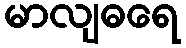
မာလျဓရေ